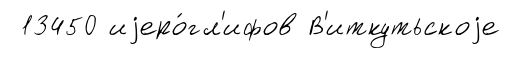
13450 иjеро́гл'ифов В'иткутьскоjе